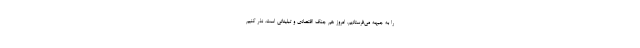
را به جبهه می‌فرستادیم. امروز هم جنگ اقتصادی و تبلیغاتی است. نذر کنیم